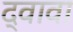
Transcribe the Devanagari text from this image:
द्वावा